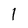
Character: l